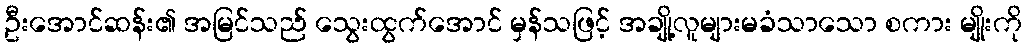
ဦးအောင်ဆန်း၏ အမြင်သည် သွေးထွက်အောင် မှန်သဖြင့် အချို့လူများမခံသာသော စကား မျိုးကို